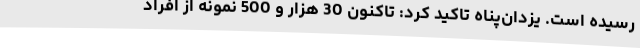
رسیده است. یزدان‌پناه تاکید کرد: تاکنون 30 هزار و 500 نمونه از افراد